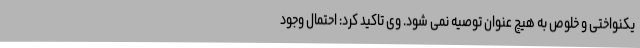
یکنواختی و خلوص به هیچ عنوان توصیه نمی شود. وی تاکید کرد: احتمال وجود